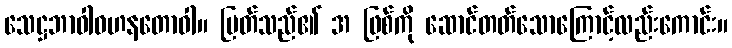
သေဋ္ဌဘာဝါဝဟနတောဝါ။ မြတ်သည်၏ အ ဖြစ်ကို ဆောင်တတ်သောကြောင့်လည်းကောင်း။